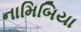
નામિબિયા